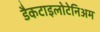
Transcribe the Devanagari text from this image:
डैकटाइलोटेनिअम